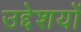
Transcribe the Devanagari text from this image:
उद्देशयों